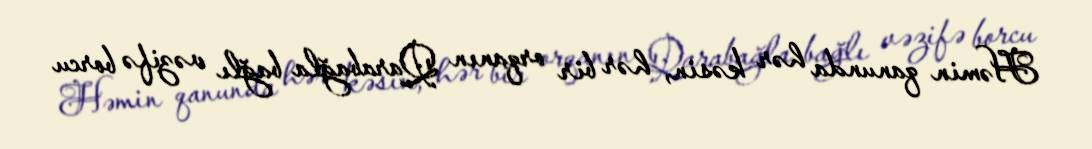
Həmin qanunda hər kəsin, hər bir orqanın Qarabağla bağlı vəzifə borcu